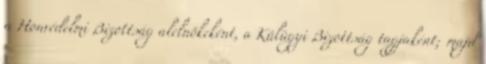
a Honvédelmi Bizottság alelnökeként, a Külügyi Bizottság tagjaként; majd